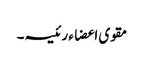
مقوی اعضاء رئیسہ۔